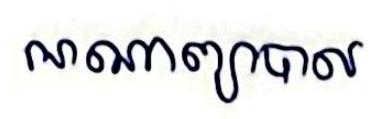
អាណាព្យាបាល